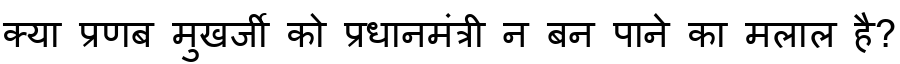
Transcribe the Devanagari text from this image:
क्या प्रणब मुखर्जी को प्रधानमंत्री न बन पाने का मलाल है?